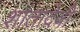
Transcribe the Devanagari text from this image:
शांतादेवी